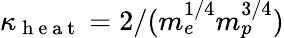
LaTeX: \kappa_{\mathrm{~h~e~a~t~}}=2/(m_{e}^{1/4}m_{p}^{3/4})